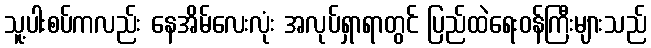
သူ့ပါးစပ်ကလည်း နေအိမ်လေးလုံး အလုပ်ရှာရာတွင် ပြည်ထဲရေးဝန်ကြီးများသည်